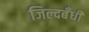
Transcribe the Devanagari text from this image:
जिल्दबँधी